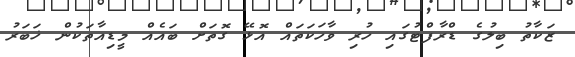
ޒަކާތު ބިލުގެ ޑްރާފްޓުގައި ހުރި ވާހަކަތައް އޮޅޭ ގޮތަށް ބައެއް މީޑިއާތަކުން ޚަބަރު